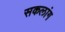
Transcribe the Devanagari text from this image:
सकलांग